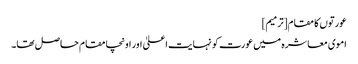
عورتوں کا مقام[ترمیم]
اموی معاشرہ میں عورت کو نہایت اعلیٰ اور اونچا مقام حاصل تھا۔